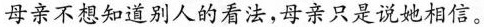
母亲不想知道别人的看法，亲只是说她相信。